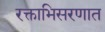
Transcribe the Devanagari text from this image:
रक्ताभिसरणात